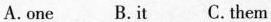
A.one B.it C.them